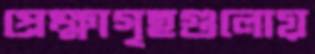
প্রেক্ষাগৃহগুলোয়